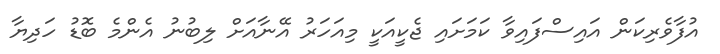
އުފާވެރިކަން އައިސްފައިވާ ކަމަށައި ޖެކީއަކީ މިއަހަރު އޭނާއަށް ލިބުނު އެންމެ ބޮޑު ހަދިޔާ